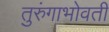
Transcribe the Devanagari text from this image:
तुरुंगाभोवती